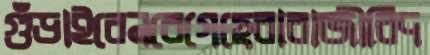
গুঁড়াইবেনরেগেছেবাবাজীবিদ